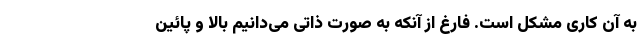
به آن کاری مشکل است. فارغ از آنکه به صورت ذاتی می‌دانیم بالا و پائین